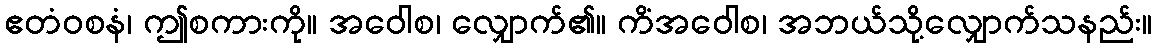
ဧတံဝစနံ၊ ဤစကားကို။ အဝေါစ၊ လျှောက်၏။ ကိံအဝေါစ၊ အဘယ်သို့လျှောက်သနည်း။